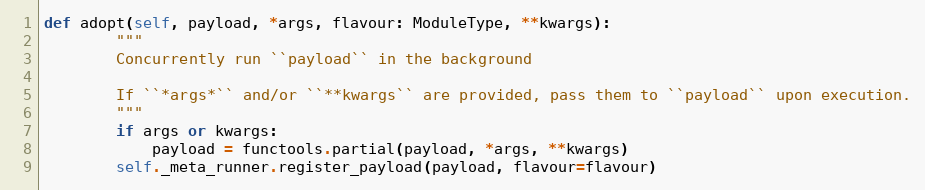
Language: Python
def adopt(self, payload, *args, flavour: ModuleType, **kwargs):
        """
        Concurrently run ``payload`` in the background

        If ``*args*`` and/or ``**kwargs`` are provided, pass them to ``payload`` upon execution.
        """
        if args or kwargs:
            payload = functools.partial(payload, *args, **kwargs)
        self._meta_runner.register_payload(payload, flavour=flavour)